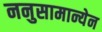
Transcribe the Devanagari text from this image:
ननुसामान्येन